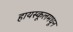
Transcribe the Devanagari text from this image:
हायस्‍कूलमधून